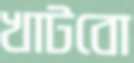
খাটবো